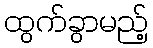
ထွက်ခွာမည့်